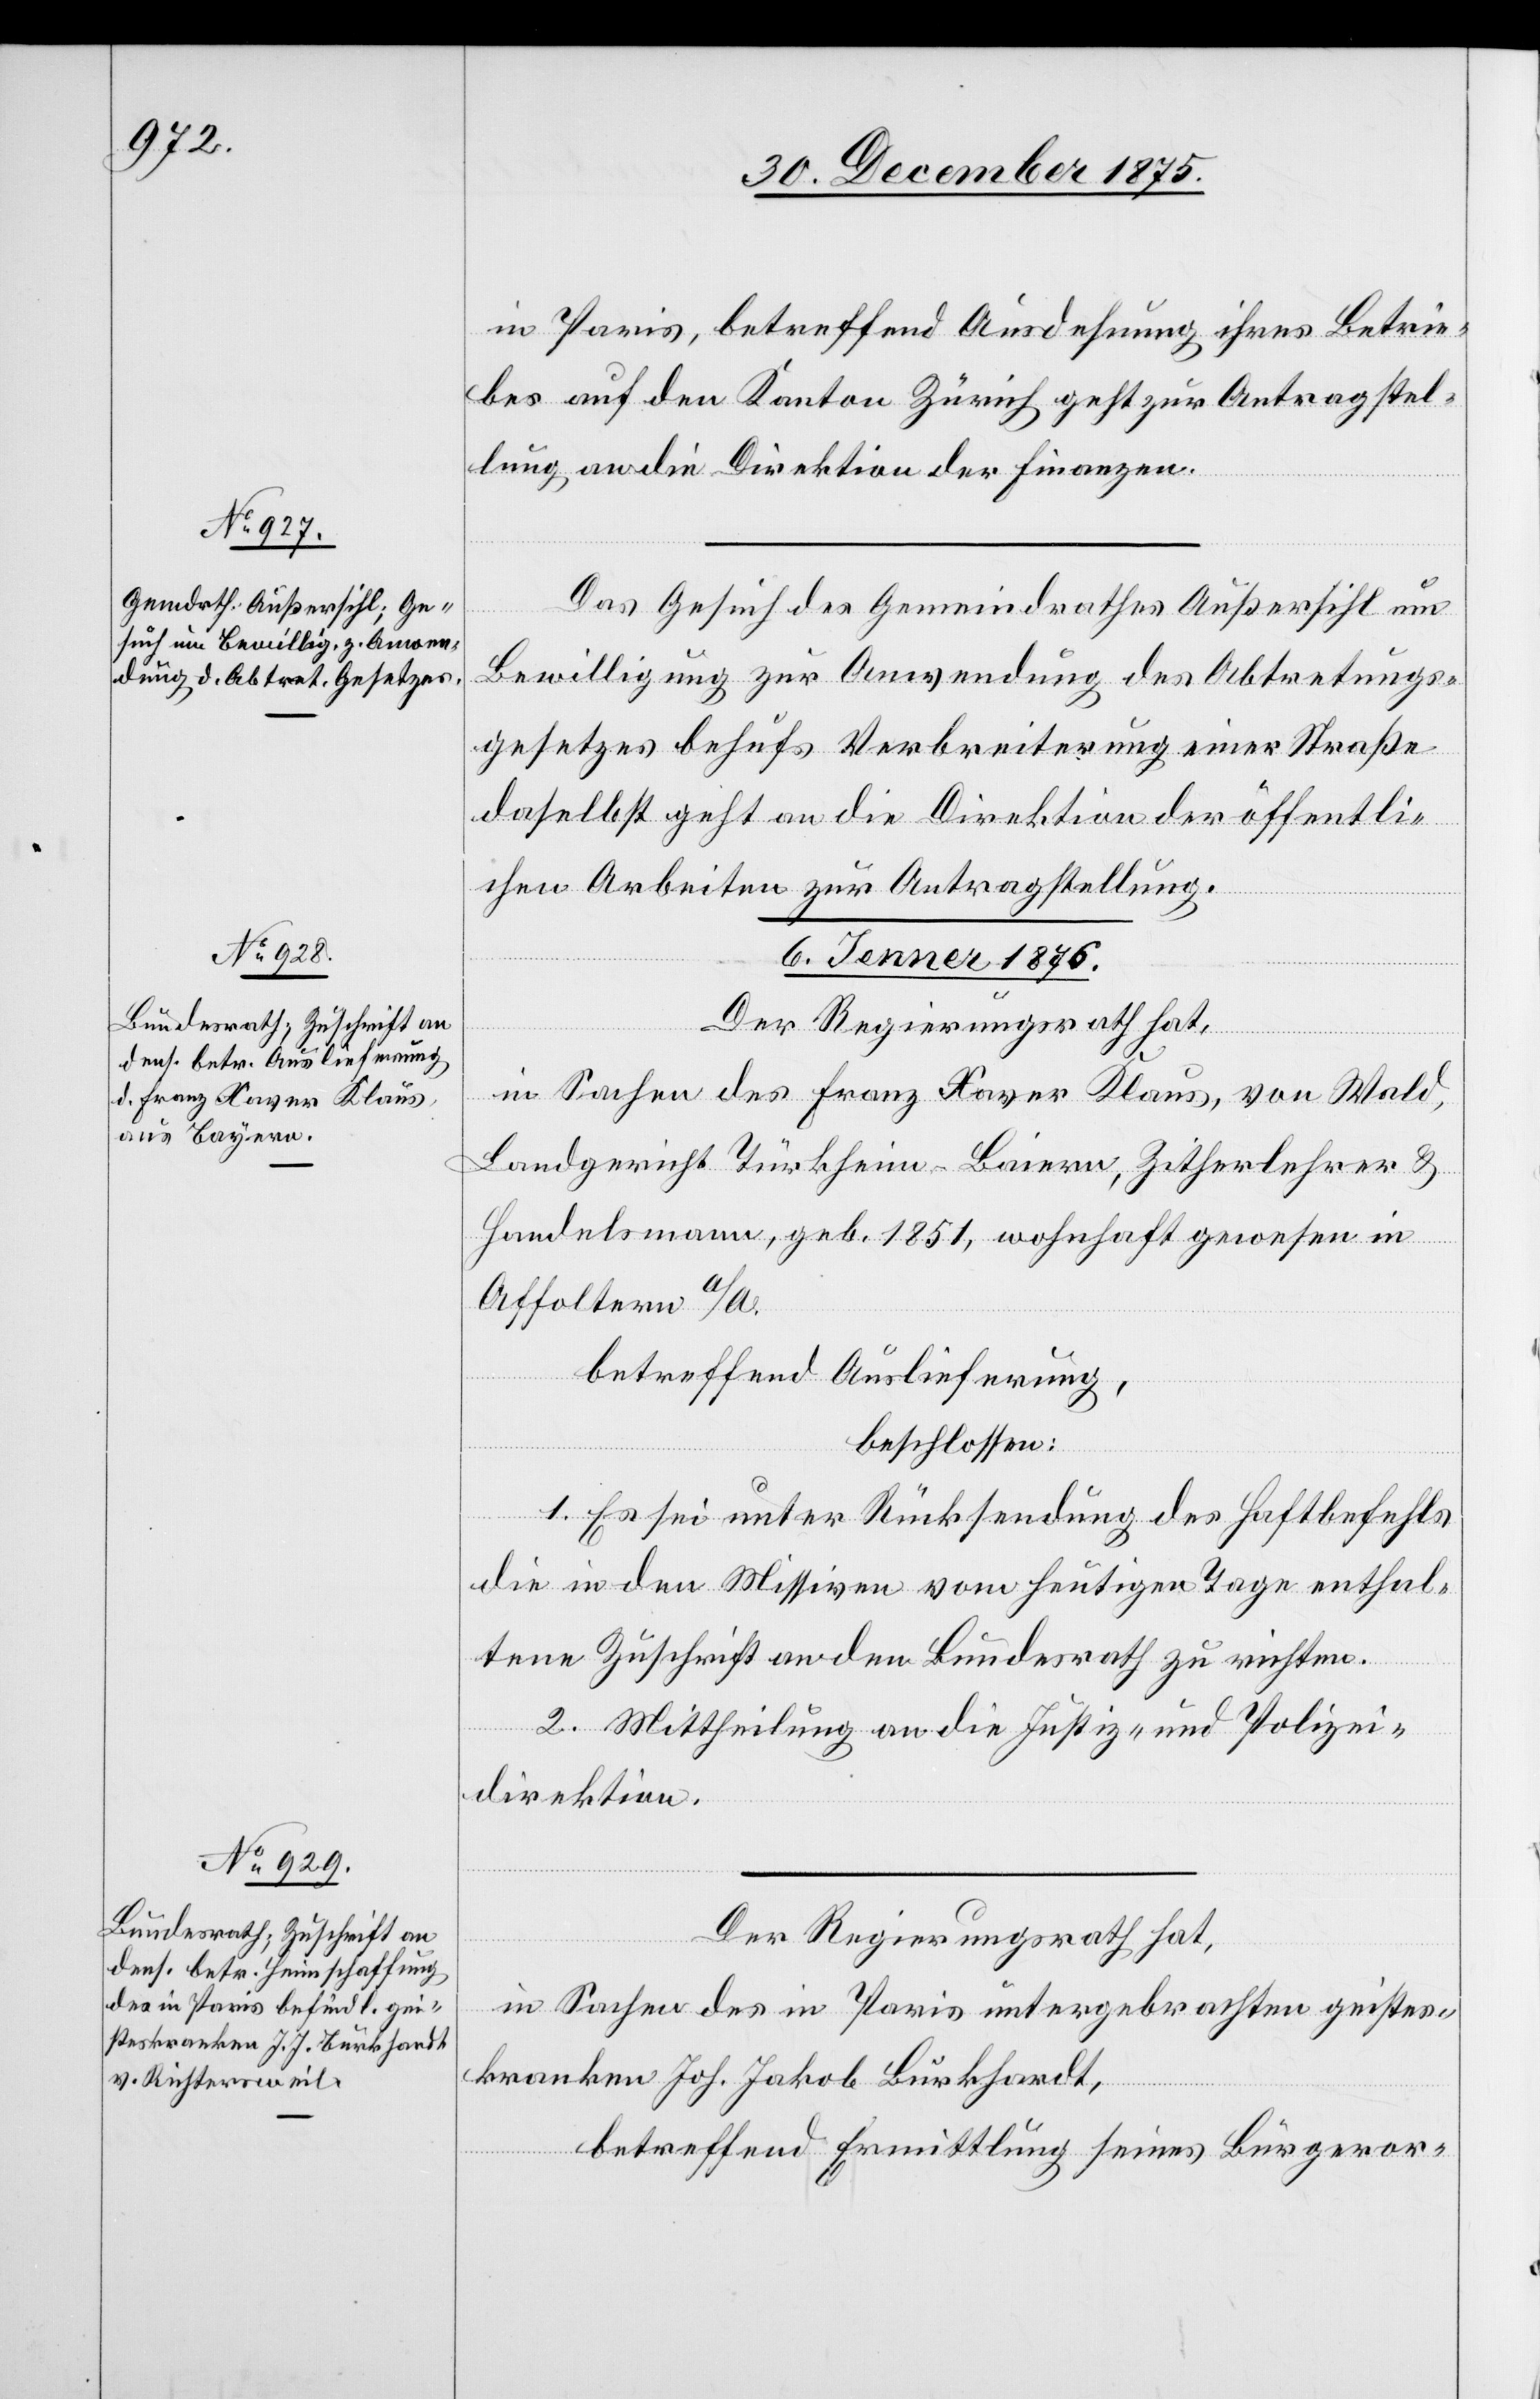
in Paris, betreffend Ausdehnung ihres Betrie¬
bes auf den Kanton Zürich geht zur Antragstel¬
lung an die Direktion der Finanzen.
des
Das Gesuch des Gemeindrathes Außersihl um
Bewilligung zur Anwendung des Abtretungs¬
gesetzes behufs Verbreiterung einer Straße
daselbst geht an die Direktion der öffentli¬
chen Arbeiten zur Antragstellung.
6. Januar 1876.]
Der Regierungsrath hat,
von Wald,
Landgericht Türkheim - Baiern, Zitherlehrer &
Handelsmann, geb. 1851, wohnhaft gewesen in
Affoltern a/A.
betreffend Auslieferung,
beschlossen:
1. Es sei unter Rücksendung des Haftbefehls
die in den Missiven vom heutigen Tage enthal¬
tene Zuschrift an den Bundesrath zu richten.
2. Mittheilung an die Justiz- und Polizei¬
direktion.
in Sachen des in Paris untergebrachten geistes¬
kranken Joh. Jakob Burkhardt,
betreffend Ermittlung seines Bürgeror-